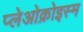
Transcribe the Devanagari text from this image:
प्लेओक्रोइस्म